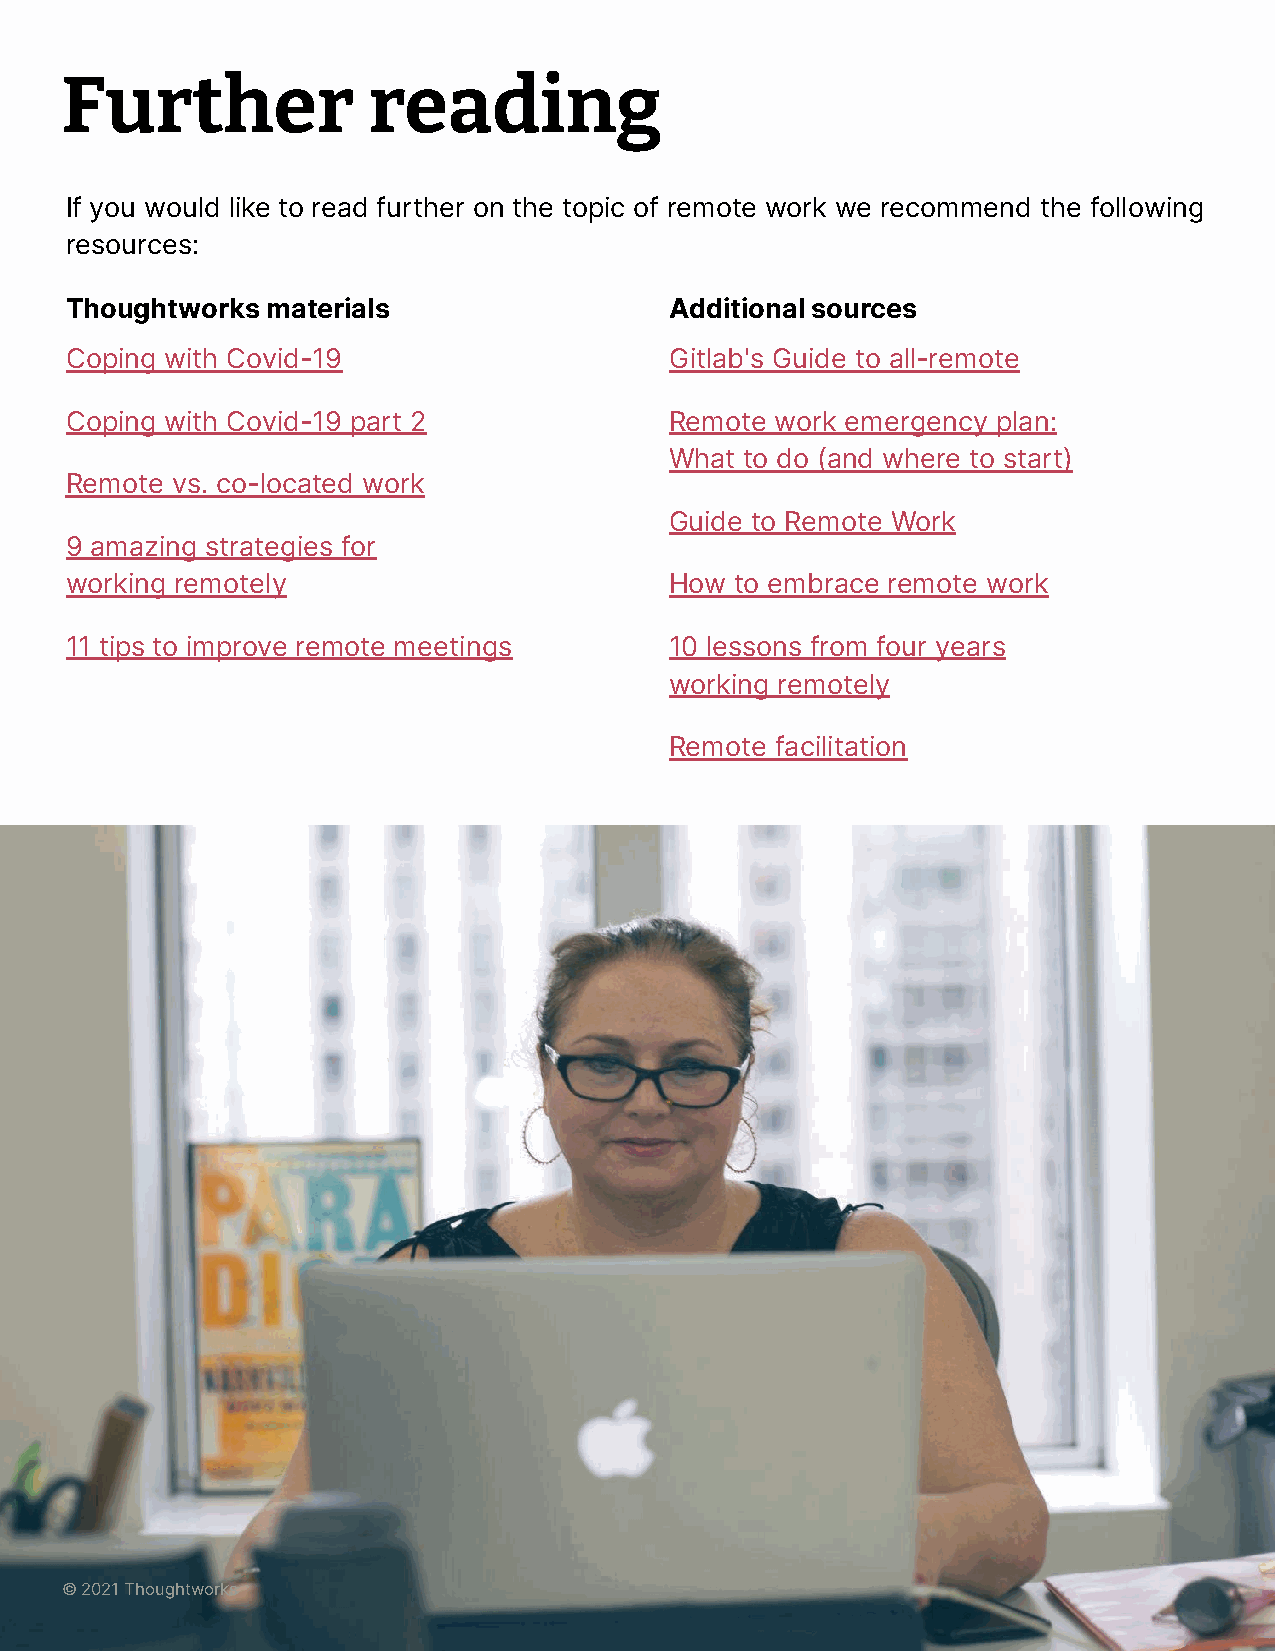
Further             reading
 If you would like to read further on the topic of remote work we recommend the following
 resources:
 Thoughtworks  materials                 Additional sources
 Coping with Covid-19                    Gitlab's Guide to all-remote
 Coping with Covid-19 part 2             Remote work emergency plan:
 What to do (and where to start)
 Remote vs. co-located work
 Guide to Remote Work
 9 amazing strategies for
 working remotely                        How  to embrace remote work
 11 tips to improve remote meetings      10 lessons from four years
 working remotely
 Remote facilitation
 © 2021 Thoughtworks
 © 2021 Thoughtworks